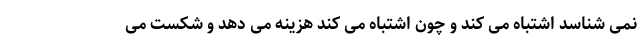
نمی شناسد اشتباه می کند و چون اشتباه می کند هزینه می دهد و شکست می